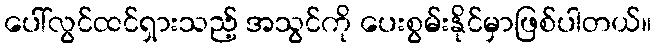
ပေါ်လွင်ထင်ရှားသည့် အသွင်ကို ပေးစွမ်းနိုင်မှာဖြစ်ပါတယ်။